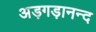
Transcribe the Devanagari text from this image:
अड़गड़ानन्द